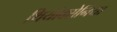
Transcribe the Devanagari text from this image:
थियोक्सेनिया